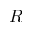
R